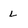
Character: L